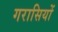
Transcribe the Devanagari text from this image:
गरासियों